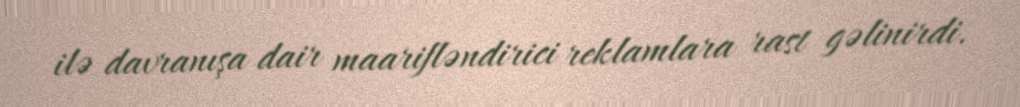
ilə davranışa dair maarifləndirici reklamlara rast gəlinirdi.